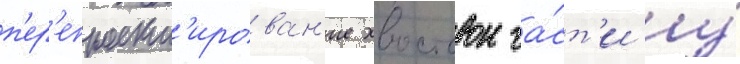
п'ер'епроект'ирован'ие хвостовои ча́ст'и у́